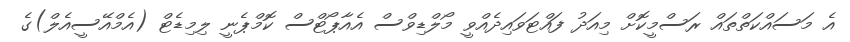
އެ މަސައްކަތްތައް ރަސްމީކޮށް މިއަދު ފައްޓަވައިދެއްވީ މޯލްޑިވްސް އެއާޕޯޓްސް ކޮމްޕެނީ ލިމިޑެޓް (އެމްއޭސީއެލް)ގެ